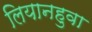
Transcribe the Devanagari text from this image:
लियानहुवा